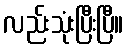
လည်းသုံးပြီးပြီ။